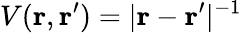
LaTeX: V(\mathbf r,\mathbf r^{\prime})=|\mathbf r-\mathbf r^{\prime}|^{-1}